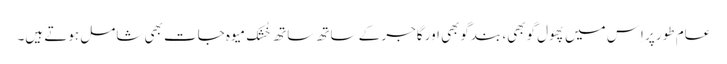
عام طور پر اِس میں پھول گوبھی، بندگوبھی اور گاجر کے ساتھ ساتھ خُشک میوہ جات بھی شامل ہوتے ہیں۔